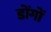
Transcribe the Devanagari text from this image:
डोंगों